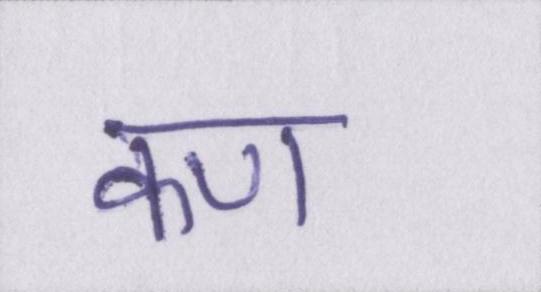
कण